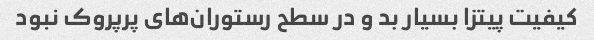
کیفیت پیتزا بسیار بد و در سطح رستوران‌های پرپروک نبود